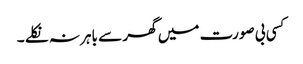
کسی بی صورت میں گھر سے باہر نہ نکلے ۔